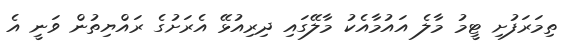
ތިމަރަފުށި ޓީމު މާލެ އައުމާއެކު މާލޭގައި ދިރިއުޅޭ އެރަށުގެ ރައްޔިތުން ވަނީ އެ